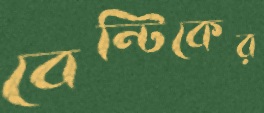
বেন্টিকের